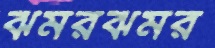
ঝমরঝমর